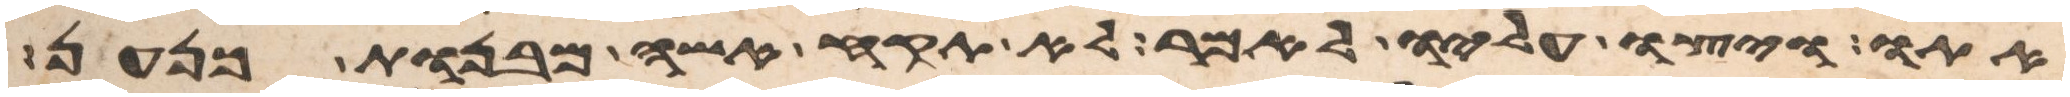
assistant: אתו ויצוו עליו לאמר לא תקח אשה מבנות כנען